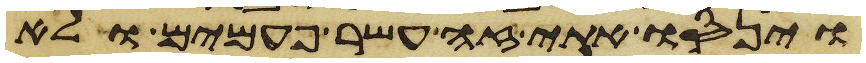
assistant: וינסו אתי זה עשר פעמים ולא